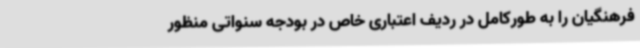
فرهنگیان را به‌ طورکامل در ردیف اعتباری خاص در بودجه سنواتی منظور